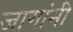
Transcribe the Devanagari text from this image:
जागांनी